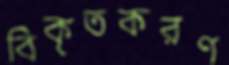
বিকৃতকরণ